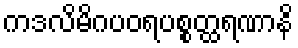
ကဒလိမိဂပဝရပစ္စတ္ထရဏာနိ